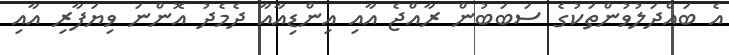
އެ ބައްދަލުވުންތަކުގެ ސަބަބުން ރާއްޖެ އާއި އިންޑިއާއާ ދެމެދު އޮންނަ ވިޔަފާރި އާއި